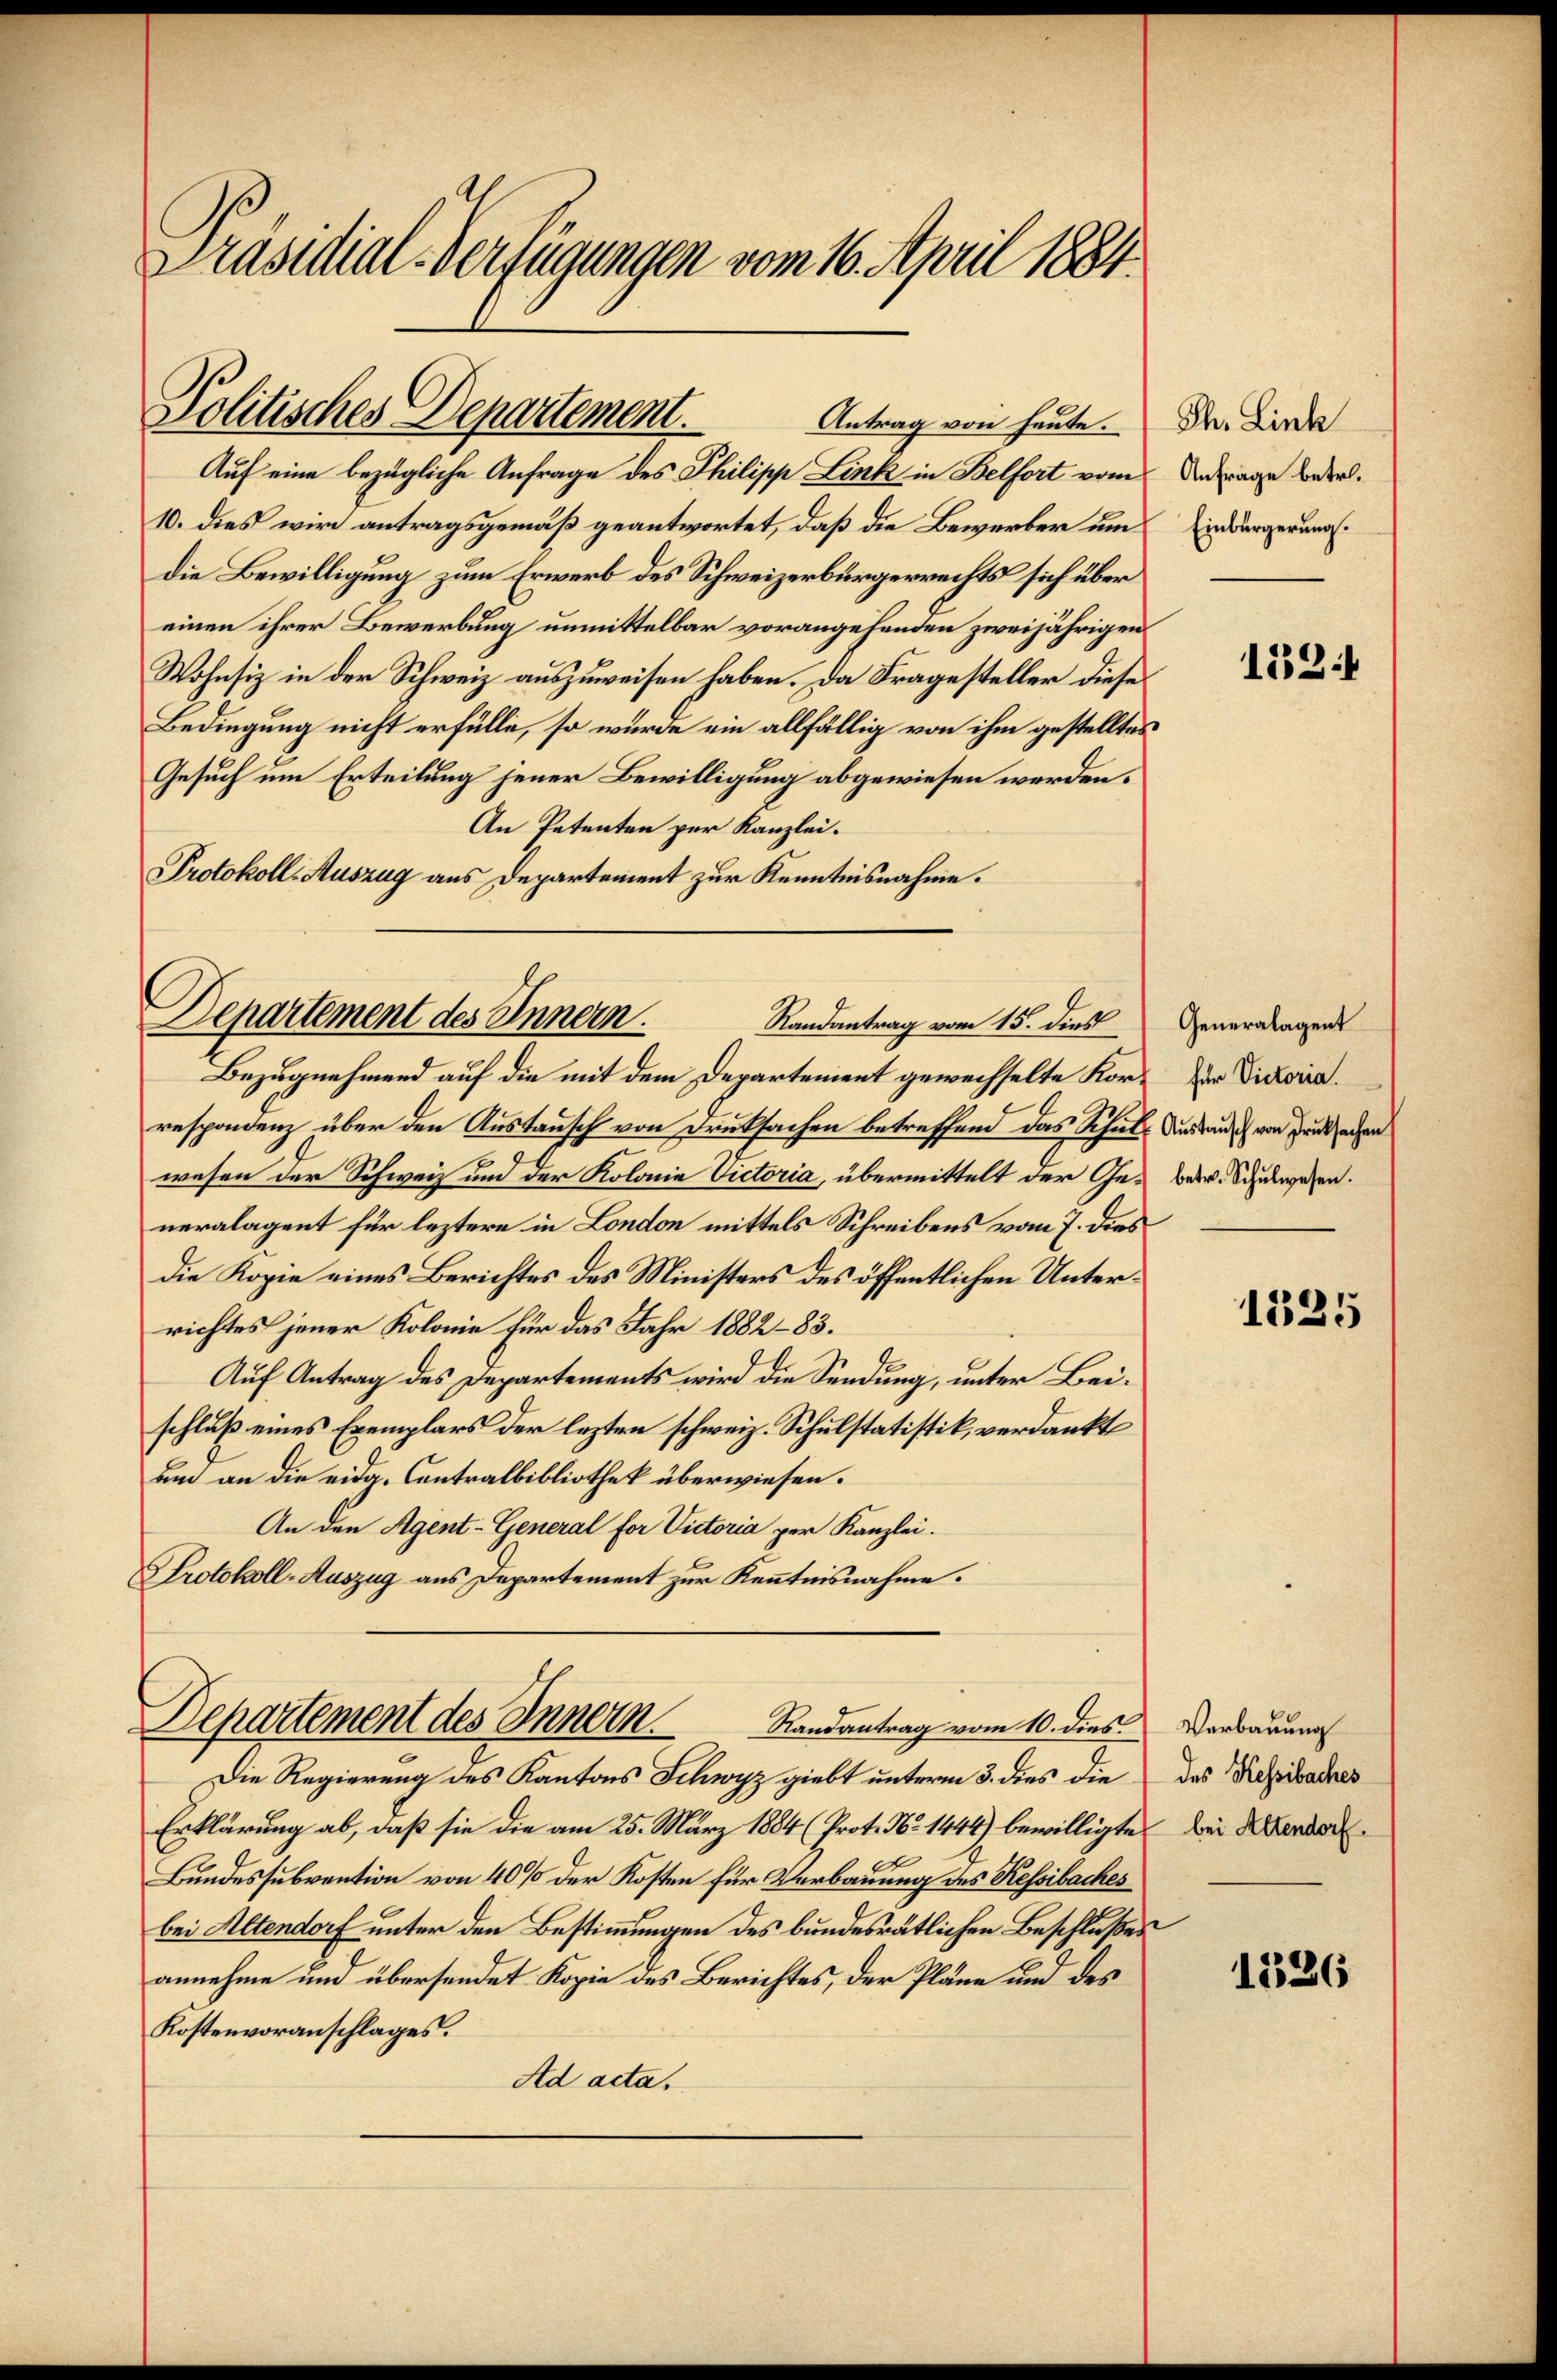
Präsidial-Verfügungen vom 16. April 1884.

Politisches Departement.
Antrag von heute. Th. Link
Auf eine bezügliche Anfrage des Philipp Link in Belfort vom

10. dies wird antragsgemäß geantwortet, daß die Bewerber um
die Bewilligung zum Erwerb des Schweizerbürgerrechts sich über
einen ihrer Bewerbung unmittelbar vorangehenden zweijährigen
Wohnsiz in der Schweiz auszuweisen haben. Da Fragesteller diese
Bedingung nicht erfülle, so wurde ein allfällig von ihm gestelltes
Gesuch um Erteilung jener Bewilligung abgewiesen werden.
An Petenten per Kanzlei.
Protokoll-Auszug aus Departement zur Kenntnisnahme.

Departement des Innern.
Randantrag vom 15. dies

Departement des Innern. Randantrag vom 10. dies Verbauung

Bezugnehmend auf die mit dem Departement gewechselte Kor¬ Der Victoria.
respondenz über den Austausch von Druksachen betreffend das Schule Dir aus von Druksachen
wesen der Schweiz und der Kolonie Victoria, übermittelt der Ge- betr. Schulwesen.
neralagent für leztere in London mittels Schreibens vom 7. dies
Die Kopie eines Berichtes des Ministers des öffentlichen Unterrichtes jener Kolonie für das Jahr 1882-83.
Auf Antrag des Departements wird die Sendung, unter Beischluß eines Exemplars der lezten schweiz. Schulstatistik, verdankt
um an die eidg. Contralbibliothek überwiesen.
An den Agent-General for Victoria per Kanzlei.
Protokoll-Auszug aus Departement zur Kenntnisnahme.

Die Regierung des Kantons Schwyz giebt unterm 3. dies die das Resibaches
Erklärung ab, daß sie die am 25. März 1884 (Prot. No 1444) bewilligte bei Kinder
Bundessubvention von 40% der Kosten für Verbauung des Ressibaches
bei Altendorf unter den Bestimmungen des bundesrätlichen Beschlußes
annehme und übersendet Kopie des Berichtes, der Pläne und des
Kostenvoranschlages.
Ad acta.

Anfrage betr.
Einbürgerung.

1524

Generalagent

1525

1326